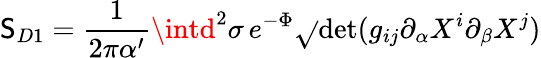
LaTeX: \mathsf{S}_{D1}=\frac{{1}}{{2\pi\alpha^{\prime}}}\intd^{2}\sigma\, e^{-\Phi}\sqrt{}{{\mathrm{{det}}(g_{ij}\partial_{\alpha}X^{i}\partial_{\beta}X^{j})}}